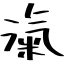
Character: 滊